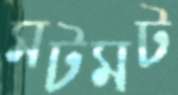
মটমট